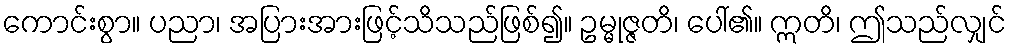
ကောင်းစွာ။ ပညာ၊ အပြားအားဖြင့်သိသည်ဖြစ်၍။ ဥမ္မုဇ္ဇတိ၊ ပေါ်၏။ ဣတိ၊ ဤသည်လျှင်